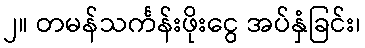
၂။ တမန်သင်္ကန်းဖိုးငွေ အပ်နှံခြင်း၊